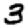
Digit: 3